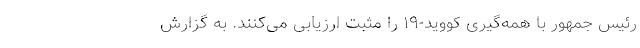
رئیس جمهور با همه‌گیری کووید-۱۹ را مثبت ارزیابی می‌کنند. به گزارش